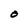
Character: O